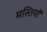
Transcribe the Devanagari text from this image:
मस्तियों